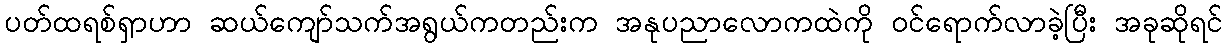
ပတ်ထရစ်ရှာဟာ ဆယ်ကျော်သက်အရွယ်ကတည်းက အနုပညာလောကထဲကို ဝင်ရောက်လာခဲ့ပြီး အခုဆိုရင်